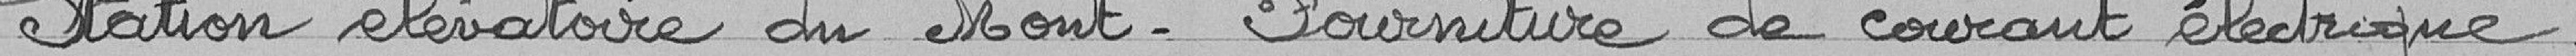
Station élévatoire du Mont - Fourniture de courant électrique.